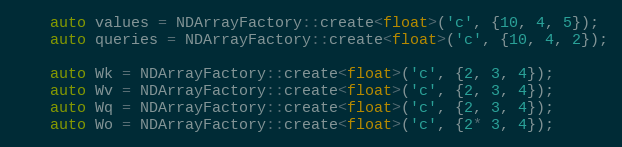
Language: C++
    auto values = NDArrayFactory::create<float>('c', {10, 4, 5});
    auto queries = NDArrayFactory::create<float>('c', {10, 4, 2});

    auto Wk = NDArrayFactory::create<float>('c', {2, 3, 4});
    auto Wv = NDArrayFactory::create<float>('c', {2, 3, 4});
    auto Wq = NDArrayFactory::create<float>('c', {2, 3, 4});
    auto Wo = NDArrayFactory::create<float>('c', {2* 3, 4});